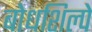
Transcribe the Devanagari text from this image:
बोधशिल्पे